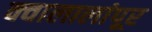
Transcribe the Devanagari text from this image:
क्वालालांपूर